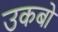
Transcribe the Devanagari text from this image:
उकबो